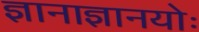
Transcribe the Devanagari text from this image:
ज्ञानाज्ञानयोः